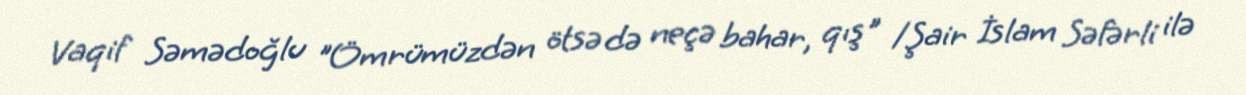
Vaqif Səmədoğlu "Ömrümüzdən ötsə də neçə bahar, qış" /Şair İslam Səfərli ilə